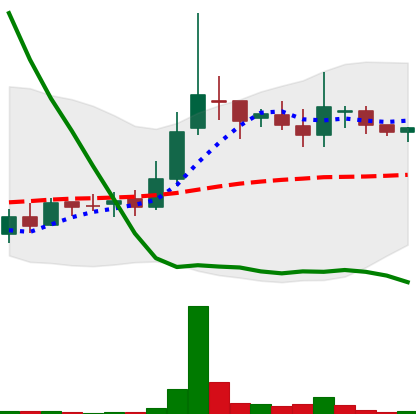
Ticker: LINK-USD
Chart end date: 2018-09-30
Forward return: 7.414%
Label: up_7plus